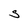
Character: S